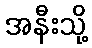
အနီးသို့